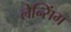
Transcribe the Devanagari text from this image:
लेन्सिंग